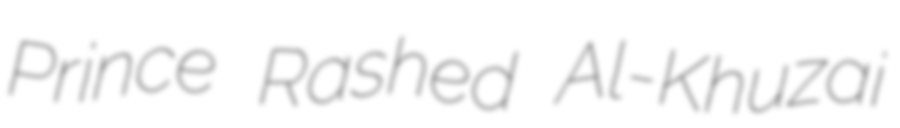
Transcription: Prince Rashed Al-Khuzai